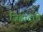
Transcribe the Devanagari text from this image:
जिहादाचे